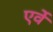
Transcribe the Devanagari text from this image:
एर्वे